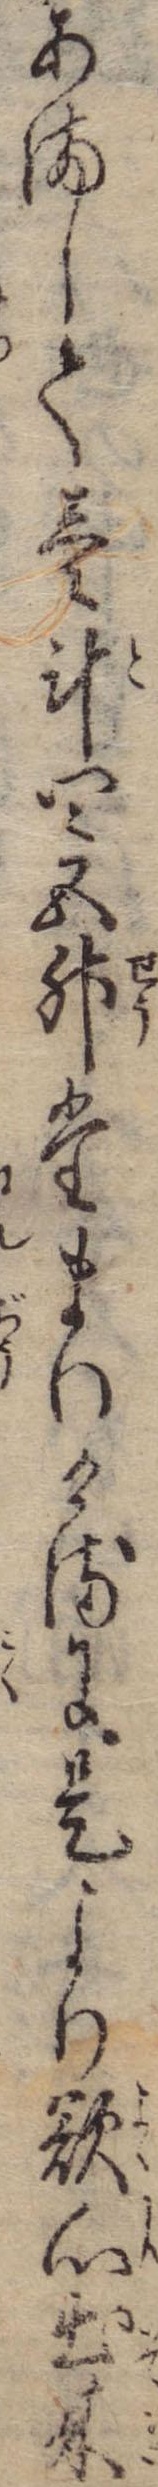
あまして壱斗四五升たまりけるに是より欲心出来